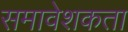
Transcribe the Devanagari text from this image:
समावेशकता